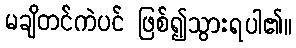
မချိတင်ကဲပင် ဖြစ်၍သွားရပါ၏။